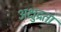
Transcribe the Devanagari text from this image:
अक्षुद्रता